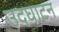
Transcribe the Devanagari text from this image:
उदघाटन